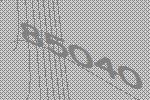
85040